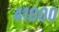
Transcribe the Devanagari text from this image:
४१०००